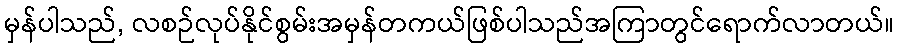
မှန်ပါသည်, လစဉ်လုပ်နိုင်စွမ်းအမှန်တကယ်ဖြစ်ပါသည်အကြာတွင်ရောက်လာတယ်။